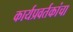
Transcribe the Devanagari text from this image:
कार्यप्रवर्तकांचा